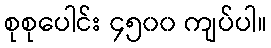
စုစုပေါင်း ၄၅၀၀ ကျပ်ပါ။